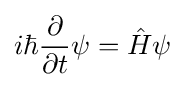
i\hbar {\frac {\partial }{\partial t}}\psi ={\hat {H}}\psi